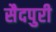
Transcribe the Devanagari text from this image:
सैदपुरी